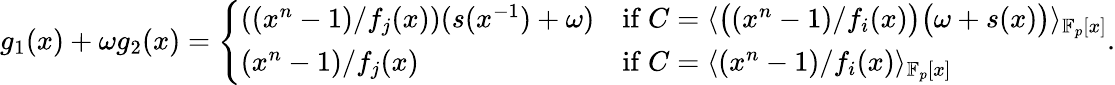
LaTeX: g_{1}(x)+\omega g_{2}(x)=\left\{ \begin{array}{ll}{((x^{n}-1)/f_{j}(x))(s(x^{-1})+\omega)}&{\mathrm{if}\ C=\langle\big((x^{n}-1)/f_{i}(x)\big)\big(\omega+s(x)\big)\rangle_{\mathbb{F}_{p}[x]}}\\ {(x^{n}-1)/f_{j}(x)}&{\mathrm{if}\ C=\langle(x^{n}-1)/f_{i}(x)\rangle_{\mathbb{F}_{p}[x]}}\end{array}\right..